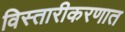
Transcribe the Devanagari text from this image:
विस्तारीकरणात